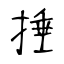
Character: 捶